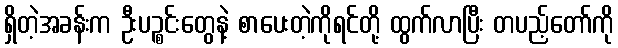
ရှိတဲ့အခန်းက ဦးပဉ္စင်းတွေနဲ့ စာပေးတဲ့ကိုရင်တို့ ထွက်လာပြီး တပည့်တော်ကို